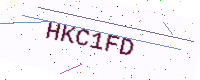
Text: HKC1FD